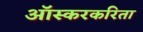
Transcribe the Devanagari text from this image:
ऑस्करकरिता